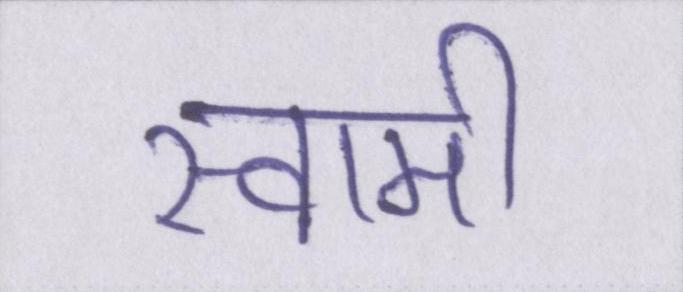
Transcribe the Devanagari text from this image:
स्वामी